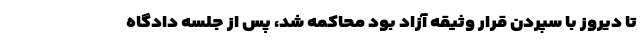
تا دیروز با سپردن قرار وثیقه آزاد بود محاکمه شد، پس از جلسه دادگاه